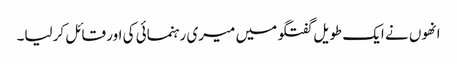
انھوں نے ایک طویل گفتگو میں میری رہنمائی کی اور قائل کرلیا۔